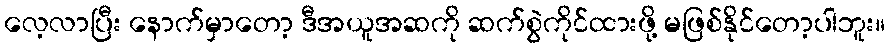
လေ့လာပြီး နောက်မှာတော့ ဒီအယူအဆကို ဆက်စွဲကိုင်ထားဖို့ မဖြစ်နိုင်တော့ပါဘူး။